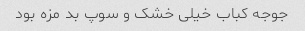
جوجه کباب خیلی خشک و سوپ بد مزه بود